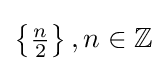
\left\{{\tfrac {n}{2}}\right\},n\in \mathbb {Z}